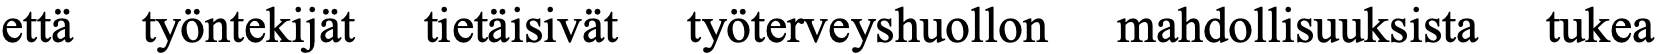
että työntekijät tietäisivät työterveyshuollon mahdollisuuksista tukea